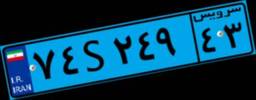
۷۴S۲۴۹۴۳